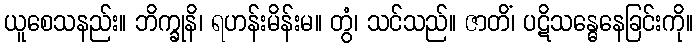
ယူစေသနည်း။ ဘိက္ခုနိ၊ ရဟန်းမိန်းမ။ တွံ၊ သင်သည်။ ဇာတိံ၊ ပဋိသန္ဓေနေခြင်းကို။